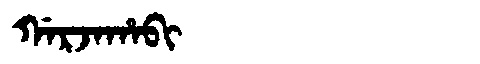
Manchu: ᡤᠠᡵᠵᠠᡥᠠᠪᡳ
Romanization: GARJAHABI